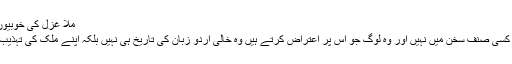
ملّا غزل کی خوبیوں کو سراہتے ہوئے فرماتے ہیں :
’’غزل میں وہ خوبیاں ہیں جو اور کسی صنف سخن میں نہیں اور وہ لوگ جو اس پر اعتراض کرتے ہیں وہ خالی اردو زبان کی تاریخ ہی نہیں بلکہ اپنے ملک کی تہذیب و معاشرت بھی بھول جاتے ہیں۔